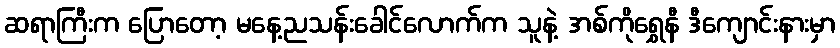
ဆရာကြီးက ပြောတော့ မနေ့ညသန်းခေါင်လောက်က သူနဲ့ အစ်ကိုရွှေနီ ဒီကျောင်းနားမှာ